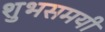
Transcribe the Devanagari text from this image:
शुभसमयी